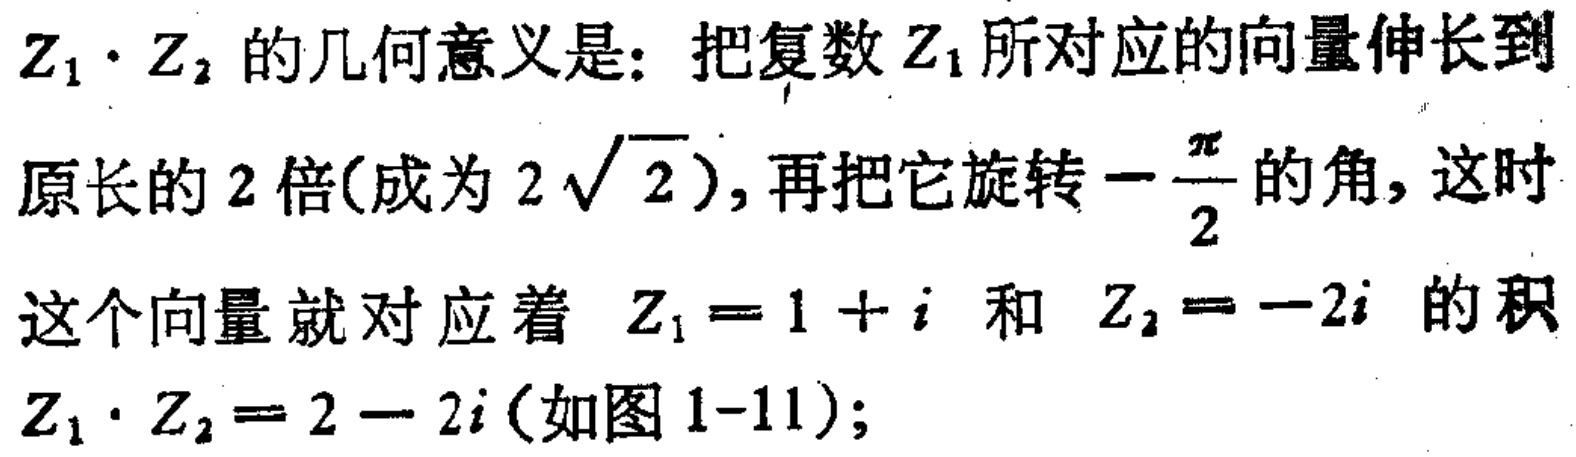
$Z_{1}\cdot Z_{2}$的几何意义是：把复数$Z_{1}$所对应的向量伸长到

原长的$2$倍(成为$2\sqrt{2}$), 再把它旋转$-\frac{\pi}{2}$的角, 这时

这个向量就对应着 $Z_{1}=1 + i$ 和 $Z_{2}=-2i$ 的积

$Z_{1}\cdot Z_{2}=2 - 2i$(如图1-11);